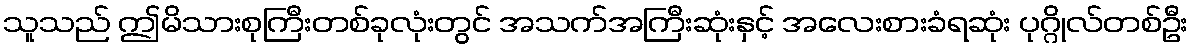
သူသည် ဤမိသားစုကြီးတစ်ခုလုံးတွင် အသက်အကြီးဆုံးနှင့် အလေးစားခံရဆုံး ပုဂ္ဂိုလ်တစ်ဦး